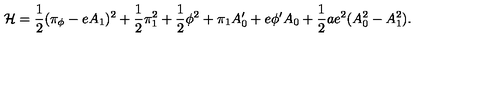
{ \cal H } = { \frac { 1 } { 2 } } ( \pi _ { \phi } - e A _ { 1 } ) ^ { 2 } + { \frac { 1 } { 2 } } \pi _ { 1 } ^ { 2 } + { \frac { 1 } { 2 } } \phi ^ { 2 } + \pi _ { 1 } A _ { 0 } ^ { \prime } + e \phi ^ { \prime } A _ { 0 } + { \frac { 1 } { 2 } } a e ^ { 2 } ( A _ { 0 } ^ { 2 } - A _ { 1 } ^ { 2 } ) .